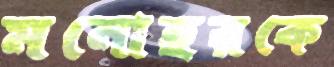
মনোহরকে